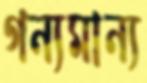
গন্যমান্য